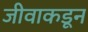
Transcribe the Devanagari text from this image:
जीवाकडून